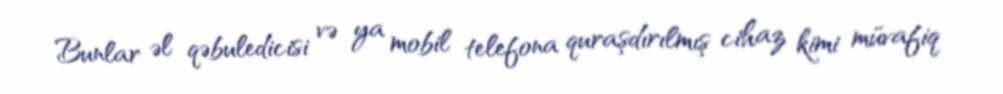
Bunlar əl qəbuledicisi və ya mobil telefona quraşdırılmış cihaz kimi müvafiq